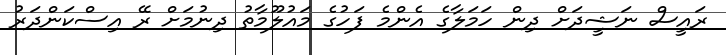
ރައީސް ނަޝީދަށް ދިން ހަމަލާާގެ އެންމެ ފަހުގެ މައުލޫމާތު ދިނުމަށް ރޭ އިސްކަންދަރު